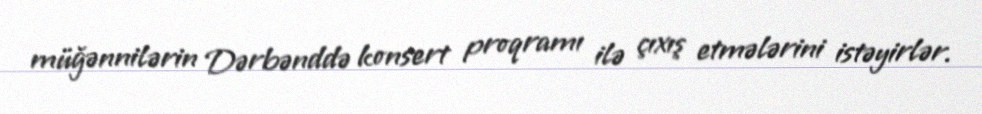
müğənnilərin Dərbənddə konsert proqramı ilə çıxış etmələrini istəyirlər.